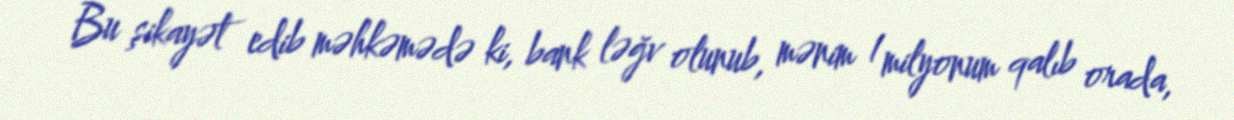
Bu şikayət edib məhkəmədə ki, bank ləğv olunub, mənim 1 milyonum qalıb orada,